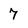
Character: 7